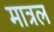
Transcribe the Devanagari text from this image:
मात्रल